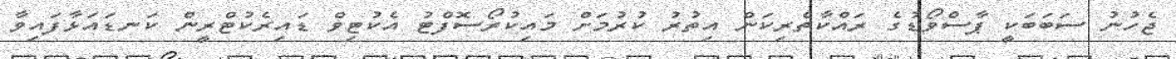
ޖެހުނު ސަބަބަކީ ޕާސްވޯޑުގެ ރައްކާތެރިކަން އިތުރު ކުރުމަށް މައިކުރޯސޮފްޓު އެކުޓިވް ޑައިރެކުޓްރީން ކަނޑައަޅާފައިވާ